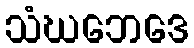
သံဃဘေဒေ